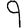
Digit: 9